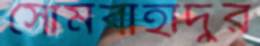
সোমবাহাদুর